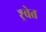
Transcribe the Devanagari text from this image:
श्र्वेत